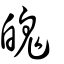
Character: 魄